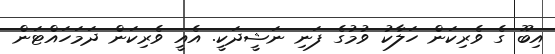
އިބޫ ގެ ވެރިކަން ހަލާކު ވުމުގެ ފަނި ނަޝީދަކީ. އެއީ ވެރިކަން ދަމަހައްޓަން